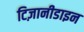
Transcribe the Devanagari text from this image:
टिज़ानीडाइन